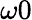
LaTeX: \omega 0